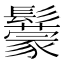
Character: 䰒